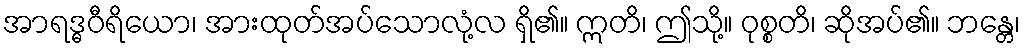
အာရဒ္ဓဝီရိယော၊ အားထုတ်အပ်သောလုံ့လ ရှိ၏။ ဣတိ၊ ဤသို့။ ဝုစ္စတိ၊ ဆိုအပ်၏။ ဘန္တေ၊